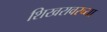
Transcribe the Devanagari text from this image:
शिखरावरच्या